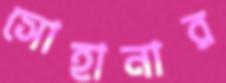
সোহানার